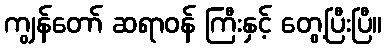
ကျွန်တော် ဆရာဝန် ကြီးနှင့် တွေ့ပြီးပြီ။